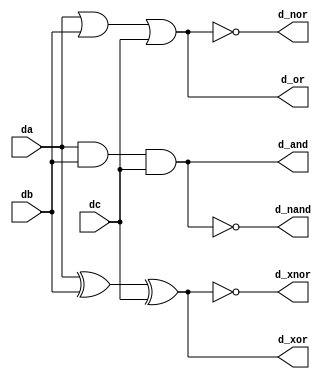
//*******************************FILE HEAD**************************************
//*********************Verilog HDL *********************
// FUNCTION        : 
// AUTHOR          : 
// DATE & REVISION : 
// COMPANY         : Verilog HDL 
// UPDATE          :
//******************************************************************************

module multi_input_gate(
    input da,
    input db,
    input dc,

    
    output d_and,
    output d_nand,
    output d_or,
    output d_nor,
    output d_xor,
    output d_xnor
    );
    
    //
    and U1_and(d_and, da, db, dc);
    //
    nand U2_nand(d_nand, da, db, dc);
    //
    or U1_or(d_or, da, db, dc);
    //
    nor U2_nor(d_nor, da, db, dc);
    //
    xor U1_xor(d_xor, da, db, dc);
    //
    xnor U2_xnor(d_xnor, da, db, dc);  

endmodule
// END OF multi_input_gate.v FILE **********************************************